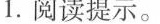
1.阅读提示。